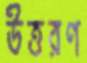
উত্তরণ